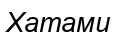
Хатами